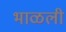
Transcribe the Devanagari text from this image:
भाळली